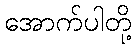
အောက်ပါတို့